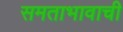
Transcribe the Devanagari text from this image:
समताभावाची